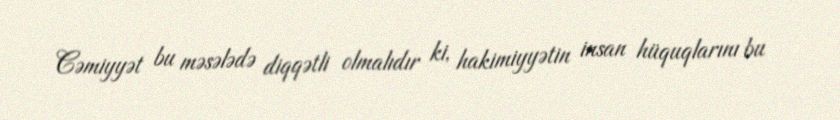
Cəmiyyət bu məsələdə diqqətli olmalıdır ki, hakimiyyətin insan hüquqlarını bu